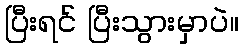
ပြီးရင် ပြီးသွားမှာပဲ။